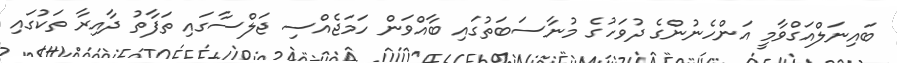
ބައިނަލްއަގްވާމީ އަންހެނުންގެ ދުވަހުގެ މުނާސަބަތުގައި ބާއްވަން ހަމަޖެއްސި ޖަލްސާގައި ތަފާތު ދާއިރާ ތަކުގައި